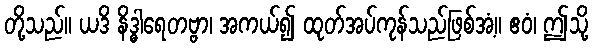
တို့သည်။ ယဒိ နိဒ္ဓါရေတဗ္ဗာ၊ အကယ်၍ ထုတ်အပ်ကုန်သည်ဖြစ်အံ့။ ဧဝံ၊ ဤသို့